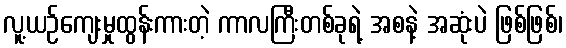
လူ့ယဉ်ကျေးမှုထွန်းကားတဲ့ ကာလကြီးတစ်ခုရဲ့ အစနဲ့ အဆုံးပဲ ဖြစ်ဖြစ်၊